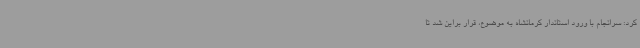
کرد: سرانجام با ورود استاندار کرمانشاه به موضوع، قرار براین شد تا